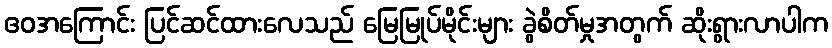
ဧဝအကြောင်း ပြင်ဆင်ထားလေသည် မြေမြုပ်မိုင်းများ ခွဲစိတ်မှုအတွက် ဆိုးရွားလာပါက